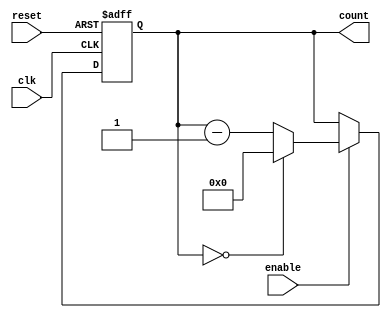
module BCD_Down_Counter_with_Enable (
    input wire clk,           // Clock input signal
    input wire reset,         // Reset signal
    input wire enable,        // Enable signal
    output reg [3:0] count    // BCD count output
);

reg [3:0] init_value = 9'b0000; // Initial value for counter

always @(posedge clk or posedge reset) begin
    if (reset) begin
        count <= init_value;   // Reset counter to initial value
    end else if (enable) begin
        if (count == 4'b0000) begin
            count <= init_value;   // Reset counter to initial value when reaching 0
        end else begin
            count <= count - 1;    // Decrement counter by 1
        end
    end
end

endmodule